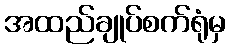
အထည်ချုပ်စက်ရုံမှ